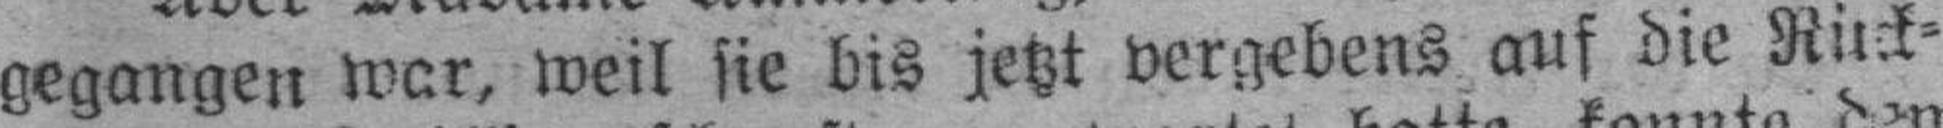
gegangen war, weil sie bis jetzt vergebens auf die Rück¬